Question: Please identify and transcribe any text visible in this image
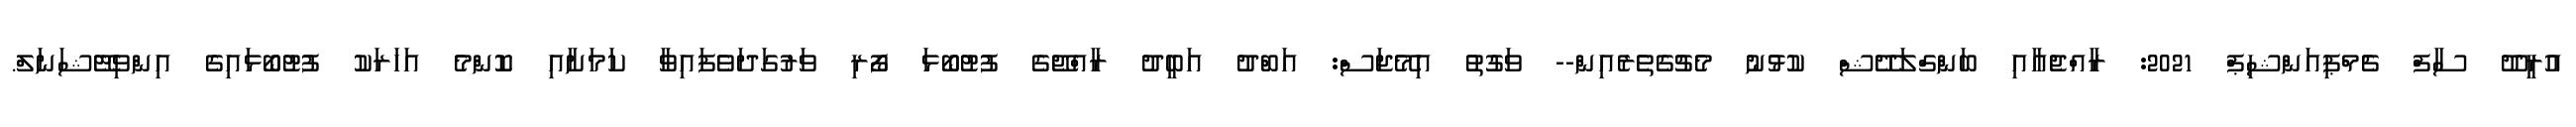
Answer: އުރީދޫ ސާފް ޗެމްޕިއަންޝިޕް 2021: ރާއްޖެއާއި ބަންގްލަދޭޝް ކުޅުނު މެޗުގެތެރެއިން-- ވަގުތު އިމޭޖަސް: އަބްދު އަބީދު ރާއްޖޭގެ ފުޓުބޯޅަ ފޯރި ވަރުގަދަވެފައިވާ ކަމަށާއި ކޮންމެ އަހަރަކު ފުޓުބޯޅައިގެ އިންވިޓޭޝަނަލް.